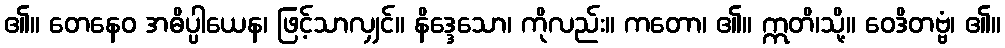
၏။ တေနေဝ အဓိပ္ပါယေန၊ ဖြင့်သာလျှင်။ နိဒ္ဒေသော၊ ကိုလည်း။ ကတော၊ ၏။ ဣတိ၊သို့။ ဝေဒိတဗ္ဗံ၊ ၏။